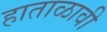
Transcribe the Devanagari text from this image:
हाताळावी